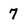
Character: 7